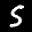
Label: 5